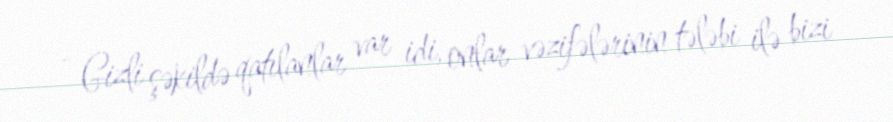
- Gizli şəkildə qatılanlar var idi, onlar vəzifələrinin tələbi ilə bizi